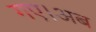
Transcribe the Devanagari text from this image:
गए।अब